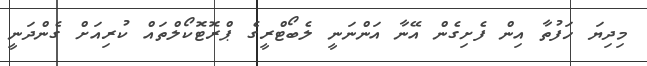
މިދިޔަ ހަފުތާ އިން ފެށިގެން އޭނާ އަންނަނީ ލެބޯޓްރީގެ ޕްރޮޓޮކޯލްތައް ކުރިއަށް ގެންދަނީ